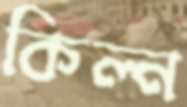
কিল্ন